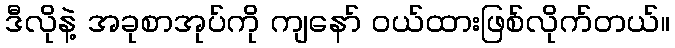
ဒီလိုနဲ့ အခုစာအုပ်ကို ကျနော် ဝယ်ထားဖြစ်လိုက်တယ်။